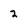
Character: 2